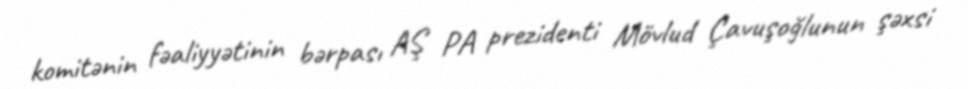
komitənin fəaliyyətinin bərpası AŞ PA prezidenti Mövlud Çavuşoğlunun şəxsi